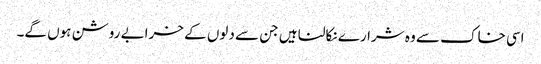
اسی خاک سے وہ شرارے نکالنا ہیں جن سے دلوں کے خرابے روشن ہوں گے۔